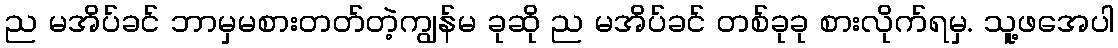
ည မအိပ်ခင် ဘာမှမစားတတ်တဲ့ကျွန်မ ခုဆို ည မအိပ်ခင် တစ်ခုခု စားလိုက်ရမှ. သူ့ဖအေပါ